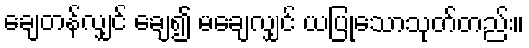
ချေတန်လျှင် ချေ၍ မချေလျှင် ယပြုသောသုတ်တည်း။